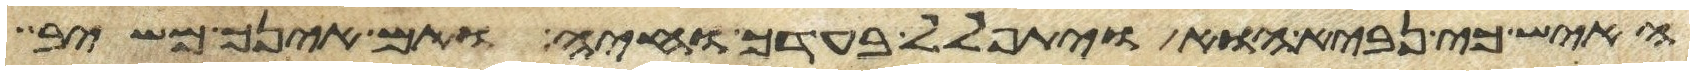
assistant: האיש כי נביא הוא ויתפלל בעדך וחיה ואם אינך משיב